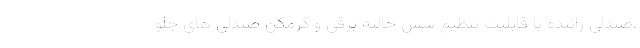
،صندلی راننده با قابلیت تنظیم شش حالته برقی و گرمکن صندلی های جلو